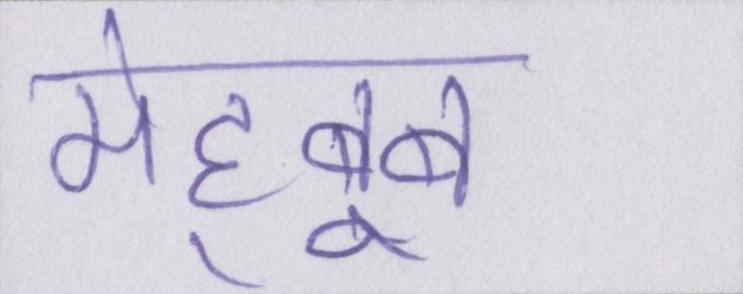
मेह्बूब